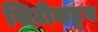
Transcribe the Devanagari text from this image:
सिटीकडून